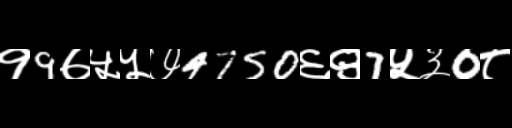
Text: १9७५५७4750६९7५३0८